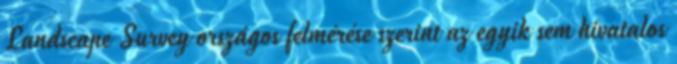
Landscape Survey országos felmérése szerint az egyik sem hivatalos